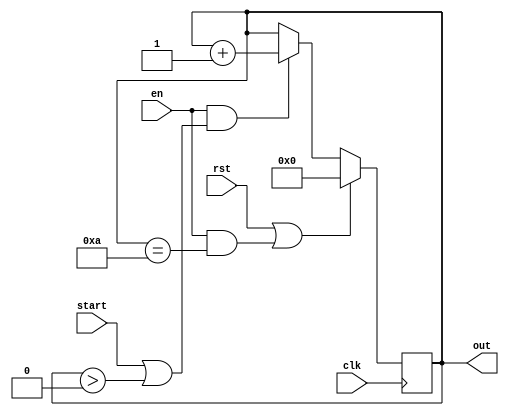
`timescale 1ns / 1ps
//////////////////////////////////////////////////////////////////////////////////
// Company:
// Engineer:
//
// Design Name:
// Module Name:    bitcounter
// Project Name:
// Target Devices:
// Tool versions:
// Description:
//
// Dependencies:
//
// Revision:
// Revision 0.01 - File Created
// Additional Comments:
//
//////////////////////////////////////////////////////////////////////////////////
module bitcounter(
    input start,
    input en,
	 input clk,
	 input rst,
    output [3:0] out
    );
wire engedelyezes;
wire nemnulla;
reg[3:0] Q;

assign nemnulla =(Q>4'b0);
assign engedelyezes = (en&(start|nemnulla));


always@(posedge clk)
begin
	if(rst|(en&Q==10)) Q<=4'b0;
	else if(engedelyezes) Q<=Q+1;
end

assign out = Q;

endmodule